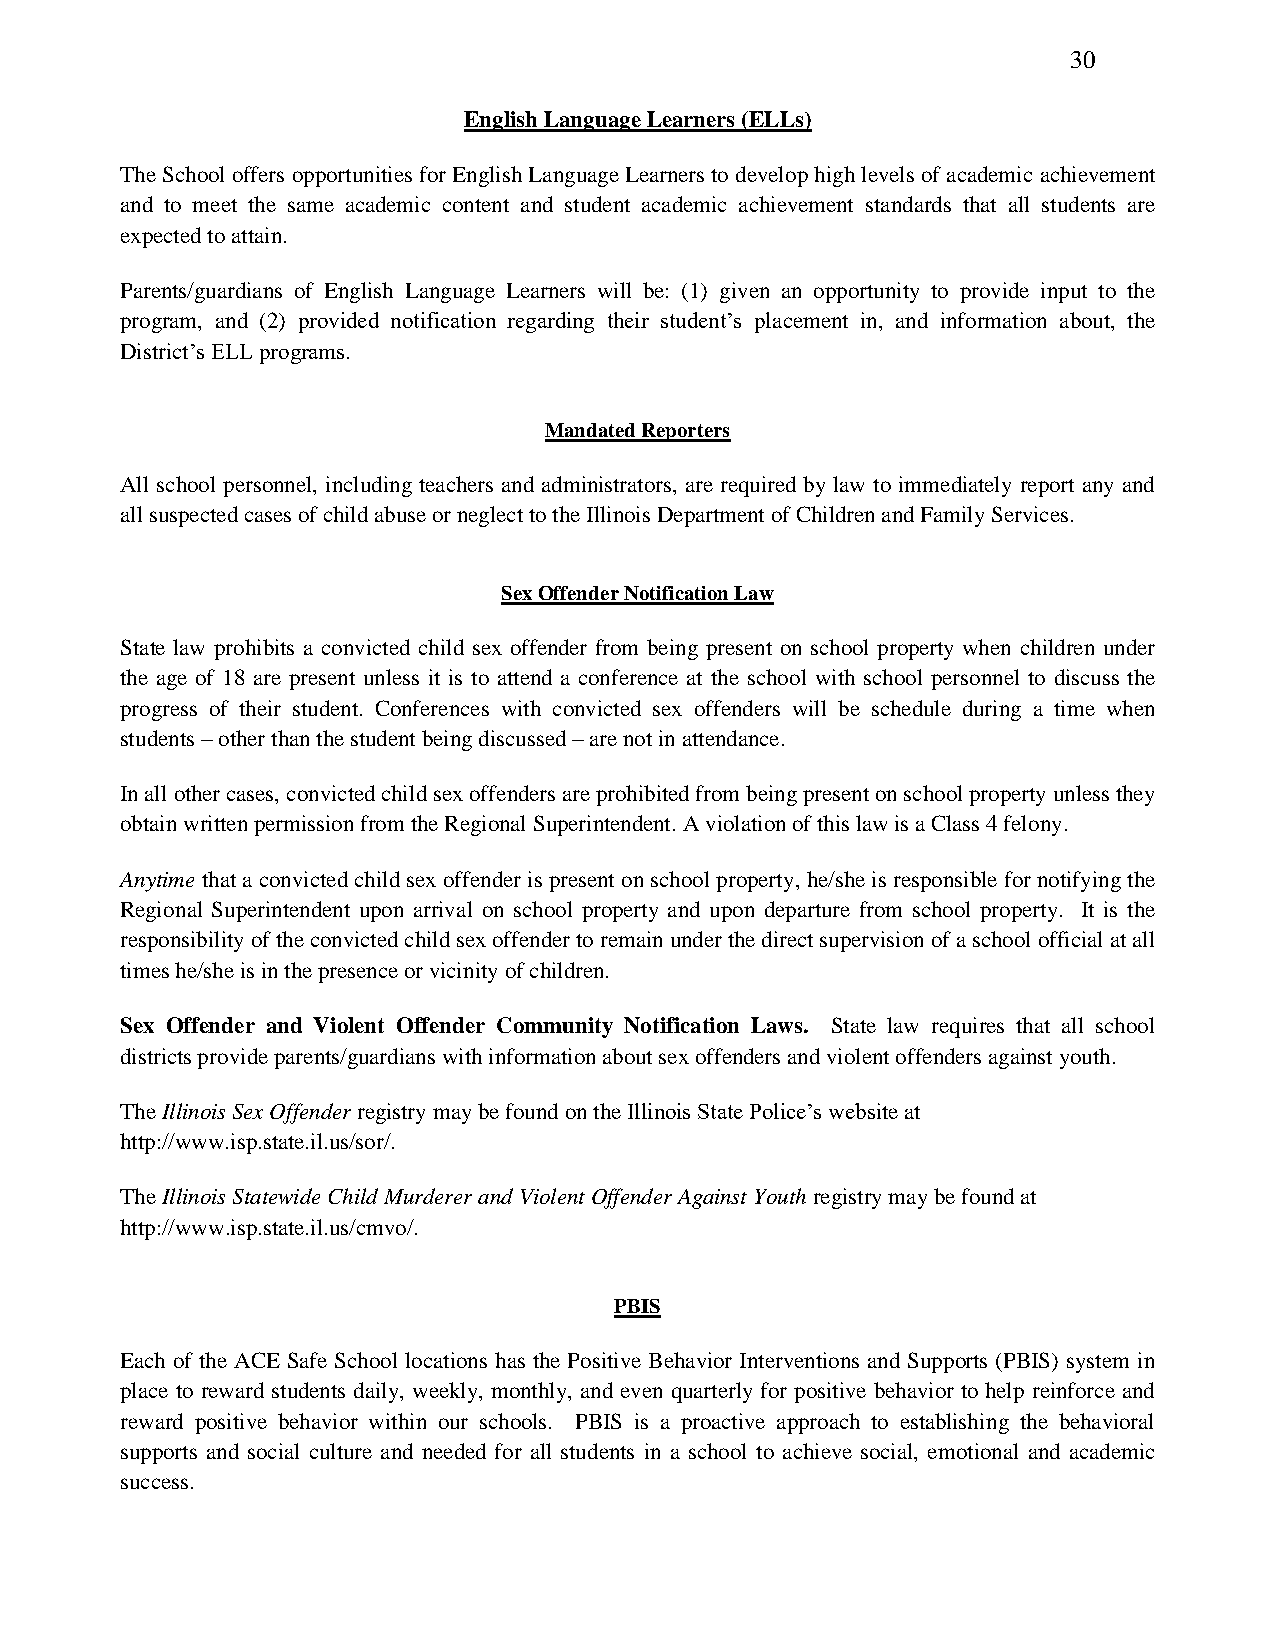
30
 English Language Learners (ELLs)
 The School offers opportunities for English Language Learners to develop high levels of academic achievement
 and to meet the same academic content and student academic achievement standards that all students are
 expected to attain.
 Parents/guardians of English Language Learners will be: (1) given an opportunity to provide input to the
 program, and (2) provided notification regarding their student’s placement in, and information about, the
 District’s ELL programs.
 Mandated Reporters
 All school personnel, including teachers and administrators, are required by law to immediately report any and
 all suspected cases of child abuse or neglect to the Illinois Department of Children and Family Services.
 Sex Offender Notification Law
 State law prohibits a convicted child sex offender from being present on school property when children under
 the age of 18 are present unless it is to attend a conference at the school with school personnel to discuss the
 progress of their student. Conferences with convicted sex offenders will be schedule during a time when
 students – other than the student being discussed – are not in attendance.
 In all other cases, convicted child sex offenders are prohibited from being present on school property unless they
 obtain written permission from the Regional Superintendent. A violation of this law is a Class 4 felony.
 Anytime that a convicted child sex offender is present on school property, he/she is responsible for notifying the
 Regional Superintendent upon arrival on school property and upon departure from school property. It is the
 responsibility of the convicted child sex offender to remain under the direct supervision of a school official at all
 times he/she is in the presence or vicinity of children.
 Sex Offender and Violent Offender Community Notification Laws. State law requires that all school
 districts provide parents/guardians with information about sex offenders and violent offenders against youth.
 The Illinois Sex Offender registry may be found on the Illinois State Police’s website at
 http://www.isp.state.il.us/sor/.
 The Illinois Statewide Child Murderer and Violent Offender Against Youth registry may be found at
 http://www.isp.state.il.us/cmvo/.
 PBIS
 Each of the ACE Safe School locations has the Positive Behavior Interventions and Supports (PBIS) system in
 place to reward students daily, weekly, monthly, and even quarterly for positive behavior to help reinforce and
 reward positive behavior within our schools. PBIS is a proactive approach to establishing the behavioral
 supports and social culture and needed for all students in a school to achieve social, emotional and academic
 success.